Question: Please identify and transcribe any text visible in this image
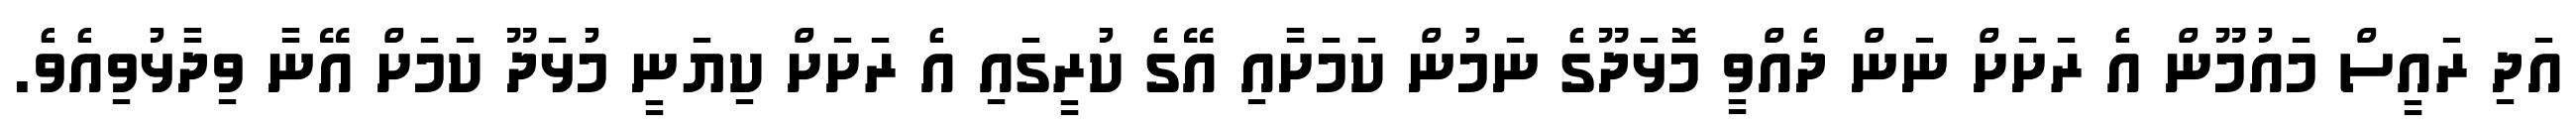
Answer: އަދި ރައީސް މައުމޫން އެ ރަށަށް ނަން ދެއްވީ މޮޅަދޫގެ ނަމުން ކަމަށާއި އޭގެ ކުރީގައި އެ ރަށަށް ކިޔަނީ މުޅަދޫ ކަމަށް އޭނާ ވިދާޅުވިއެވެ.